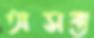
অসক্ত